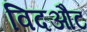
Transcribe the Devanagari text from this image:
विदऔट